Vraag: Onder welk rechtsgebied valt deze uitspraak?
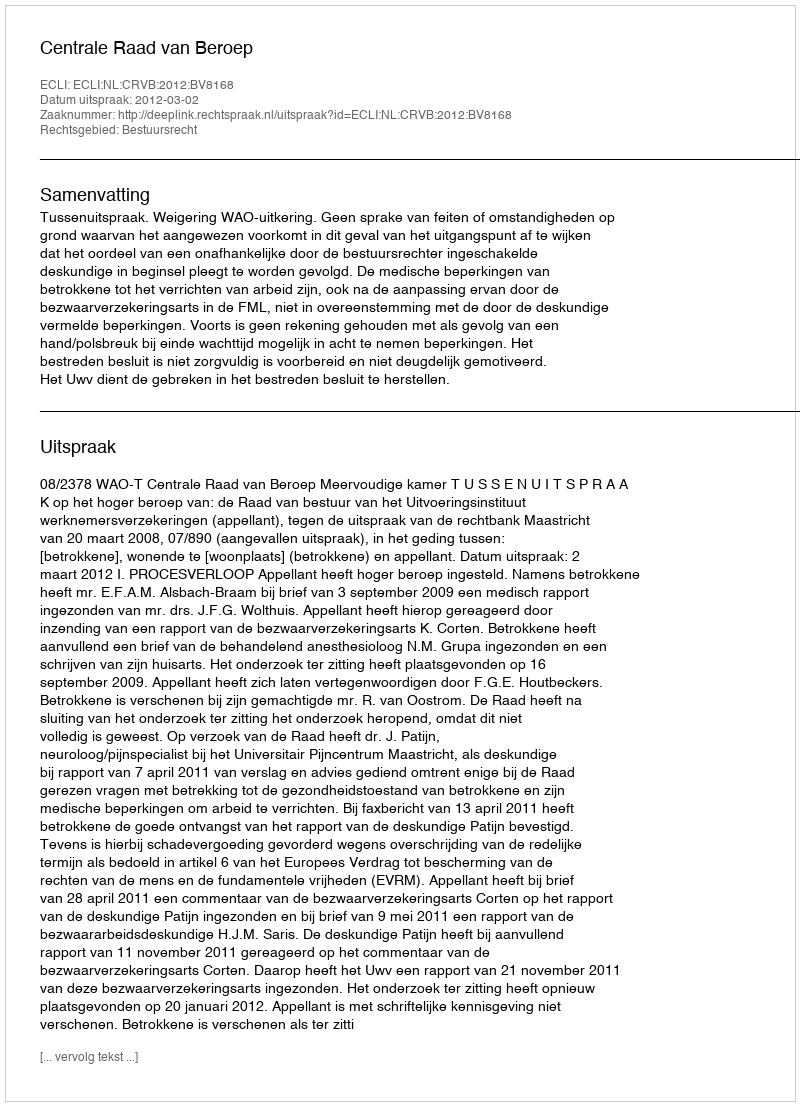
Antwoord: Bestuursrecht